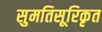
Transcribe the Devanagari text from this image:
सुमतिसूरिकृत